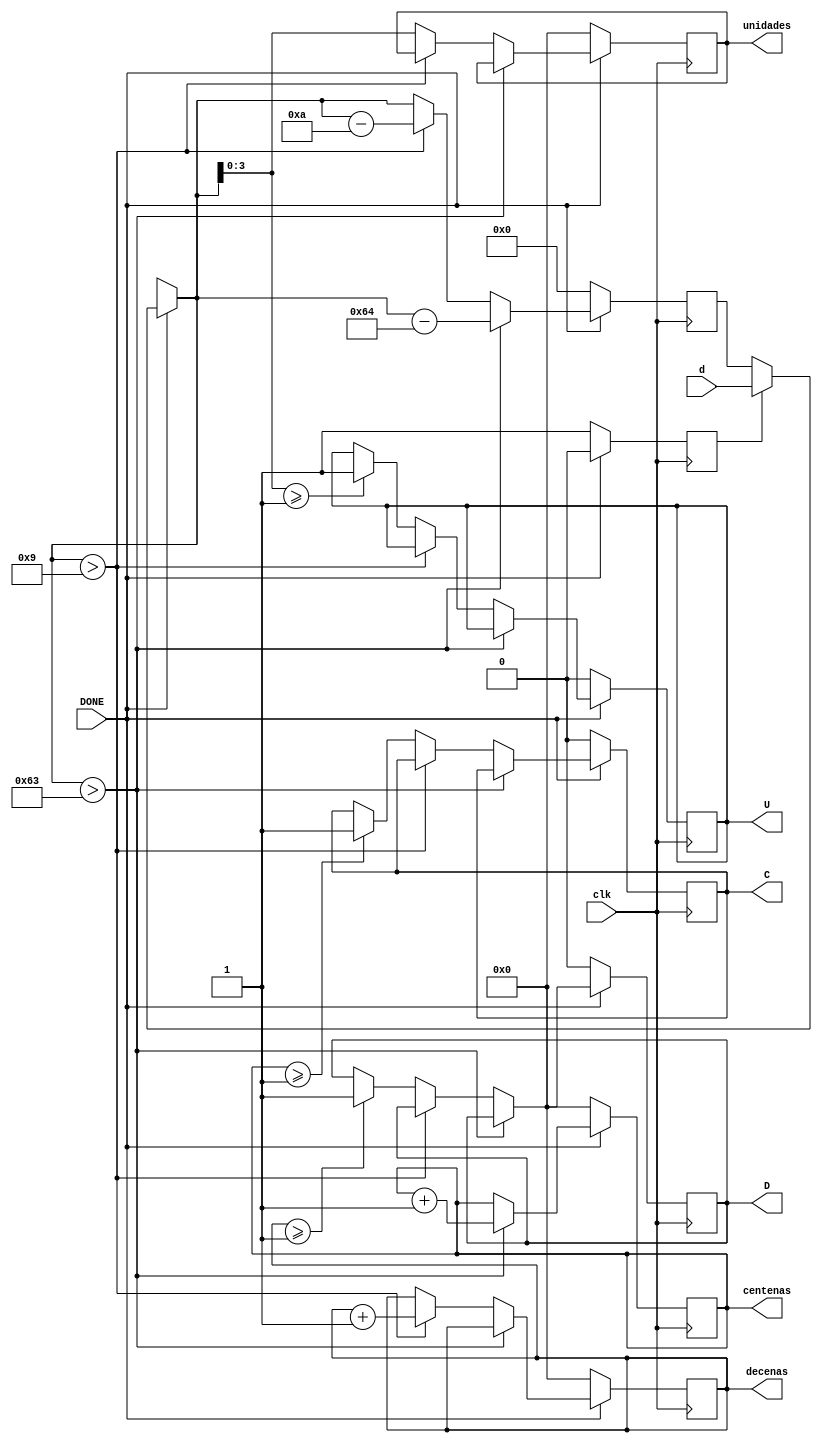
module	anteconmutador	(
					input			clk,
					input		[7:0]	d,
					input			DONE,
					output	reg	[3:0]	centenas,
					output	reg	[3:0]	decenas,
					output	reg	[3:0]	unidades,
					output	reg		C,
					output	reg		D,
					output	reg		U
			);
	reg	[7:0]	digitT;
	reg		i;
	
	initial
	begin
		digitT = 0;
		C = 0;
		D = 0;
		U = 0;
		centenas = 0;
		decenas	 = 0;
		unidades = 0;
		i = 1;
	end
	always@(posedge clk)
	begin	
		if(DONE)
		begin
			if(i)
			begin
				digitT = d;
				i = 0;
			end
			if(digitT>7'b1100011)
			begin
				digitT	 = digitT - 7'b1100100;
				centenas = centenas + 1;
				
			end
			else
			begin
				if(digitT>7'b0001001)
				begin
					digitT	= digitT - 7'b0001010;
					decenas	= decenas + 1;
				end
				else
				begin
					unidades = {digitT[3:0]};
					if(centenas >= 1)
					begin
						C = 1;
					end
					if(decenas  >= 1)
					begin
						D = 1;
					end
					if(unidades >= 1)
					begin
						U = 1;
					end
				end
			end
		end
		else
		begin
			if(!DONE)
			begin
				digitT = 0;
				C = 0;
				D = 0;
				U = 0;
				i = 1;
				centenas = 0;
				decenas	 = 0;
				unidades = 0;
			end
		end
	end
endmodule